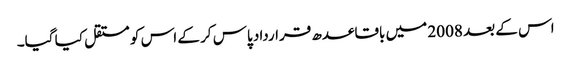
اس کے بعد 2008 میں باقاعدھ قرارداد پاس کر کے اس کو مستقل کیا گیا۔